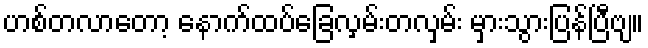
ဟစ်တလာတော့ နောက်ထပ်ခြေလှမ်းတလှမ်း မှားသွားပြန်ပြီဗျ။